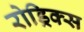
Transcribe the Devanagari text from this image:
रोड्रिक्स